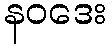
နဝဒေး